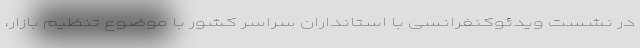
در نشست ویدئوکنفرانسی با استانداران سراسر کشور با موضوع تنظیم بازار،